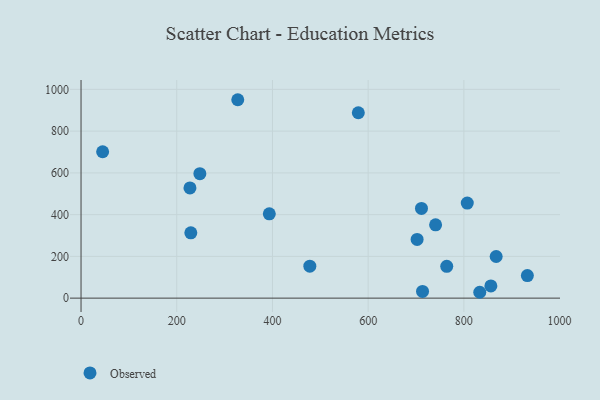
{"axis": {"x": "Investment", "y": "Exam Score"}, "legend": ["Observed"], "data": [{"x": "713.6", "y": 32.2, "type": "Observed"}, {"x": "478.1", "y": 153.1, "type": "Observed"}, {"x": "867.5", "y": 199.4, "type": "Observed"}, {"x": "229.4", "y": 313.1, "type": "Observed"}, {"x": "856.4", "y": 58.7, "type": "Observed"}, {"x": "740.9", "y": 351.1, "type": "Observed"}, {"x": "711.4", "y": 429.8, "type": "Observed"}, {"x": "393.4", "y": 403.9, "type": "Observed"}, {"x": "248.3", "y": 596.0, "type": "Observed"}, {"x": "327.5", "y": 950.4, "type": "Observed"}, {"x": "45.1", "y": 701.3, "type": "Observed"}, {"x": "227.6", "y": 528.1, "type": "Observed"}, {"x": "932.7", "y": 108.0, "type": "Observed"}, {"x": "833.2", "y": 28.1, "type": "Observed"}, {"x": "579.4", "y": 887.9, "type": "Observed"}, {"x": "807.1", "y": 455.4, "type": "Observed"}, {"x": "764.2", "y": 152.6, "type": "Observed"}, {"x": "702.3", "y": 281.3, "type": "Observed"}]}